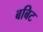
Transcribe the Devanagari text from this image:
बबिट